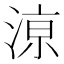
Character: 鿌